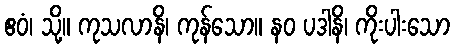
ဧဝံ၊ သို့။ ကုသလာနိ၊ ကုန်သော။ နဝ ပဒါနိ၊ ကိုးပါးသော